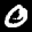
Label: 0